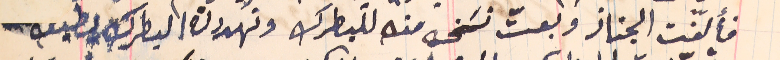
فألفّت الجناز وبعتّ نسَخه منه للبطرك وتهددت البطرك بطبعه